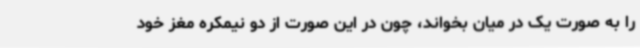
را به صورت یک در میان بخواند، چون در این صورت از دو نیمکره مغز خود